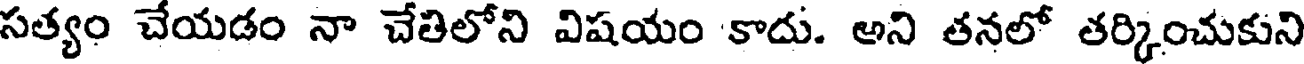
సత్యం చేయడం నా చేతిలోని విషయం కాదు. అని తనలో తర్కించుకుని